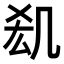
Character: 𠙆